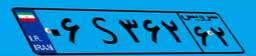
۰۶S۳۶۲۶۲